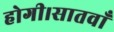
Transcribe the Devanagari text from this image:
होगी।सातवाँ